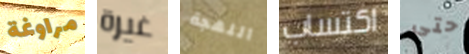
مراوغة غيرة اللهجة اكتساب حتى